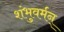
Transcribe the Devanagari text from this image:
शंभुवर्मन्